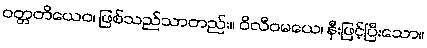
ဝတ္တတိယေဝ၊ ဖြစ်သည်သာတည်း။ ဝိလီဝမယေ၊ နှီးဖြင့်ပြီးသော။